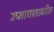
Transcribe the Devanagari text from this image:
उष्माघातावरील